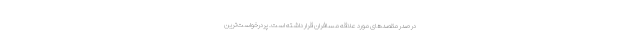
در صدر مقصدهای مورد علاقه مسافران قرار داشته است. پردرخواست‌ترین